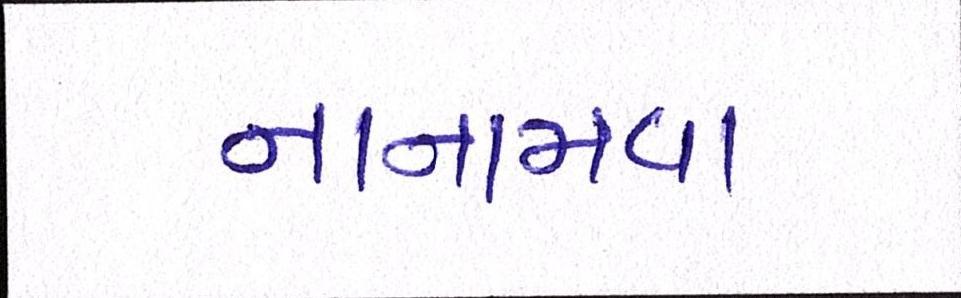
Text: નાનામવા